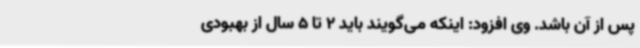
پس از آن باشد. وی افزود: اینکه می‌گویند باید 2 تا 5 سال از بهبودی